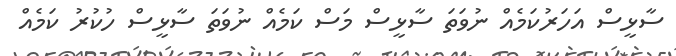
ސާޅީސް އަހަރުކަމެއް ނުވަތަ ސާޅީސް މަސް ކަމެއް ނުވަތަ ސާޅީސް ހުކުރު ކަމެއް